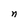
Character: n